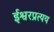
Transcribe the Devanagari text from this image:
ईश्वरप्रत्यय